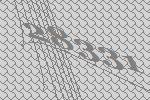
28331